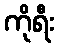
ကိုရီး